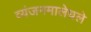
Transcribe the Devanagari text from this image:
व्यंजनमालेधले